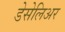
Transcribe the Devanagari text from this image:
डेसेलिअर